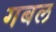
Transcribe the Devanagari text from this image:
गबल